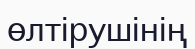
өлтірушінің